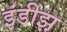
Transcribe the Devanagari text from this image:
इंडीझ़़